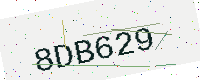
Text: 8DB629